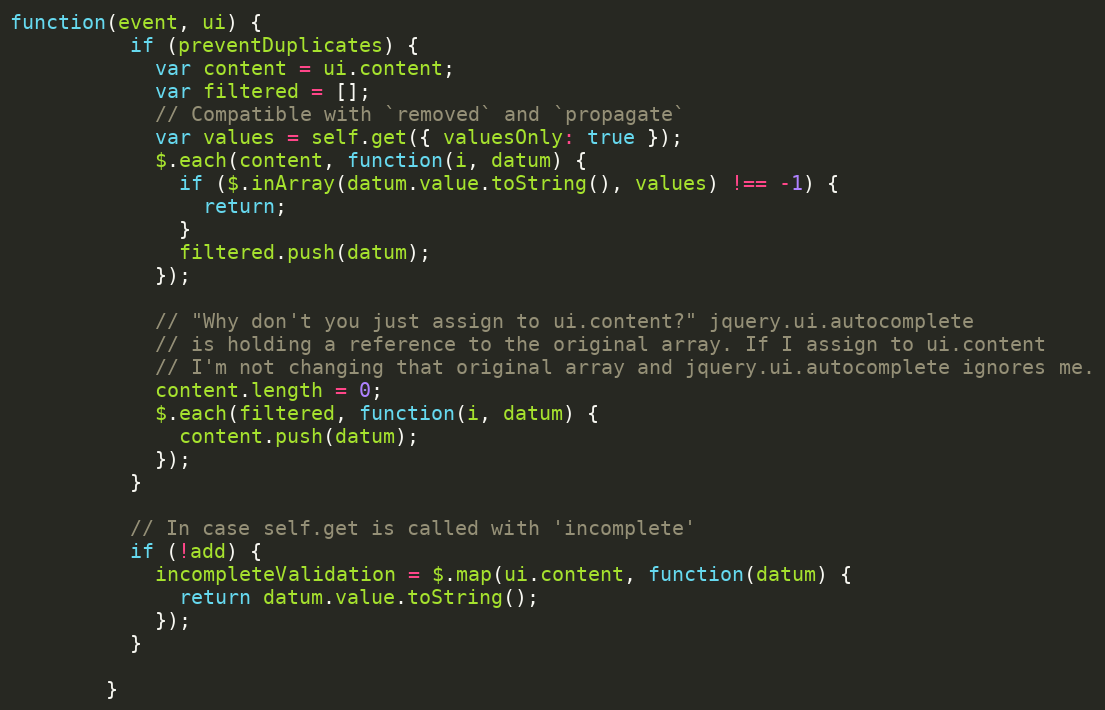
Language: JavaScript
function(event, ui) {
          if (preventDuplicates) {
            var content = ui.content;
            var filtered = [];
            // Compatible with `removed` and `propagate`
            var values = self.get({ valuesOnly: true });
            $.each(content, function(i, datum) {
              if ($.inArray(datum.value.toString(), values) !== -1) {
                return;
              }
              filtered.push(datum);
            });

            // "Why don't you just assign to ui.content?" jquery.ui.autocomplete
            // is holding a reference to the original array. If I assign to ui.content
            // I'm not changing that original array and jquery.ui.autocomplete ignores me.
            content.length = 0;
            $.each(filtered, function(i, datum) {
              content.push(datum);
            });
          }

          // In case self.get is called with 'incomplete'
          if (!add) {
            incompleteValidation = $.map(ui.content, function(datum) {
              return datum.value.toString();
            });
          }

        }